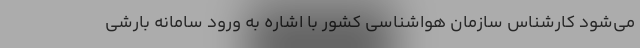
می‌شود کارشناس سازمان هواشناسی کشور با اشاره به ورود سامانه بارشی